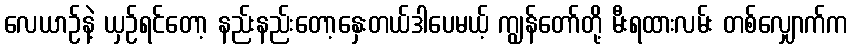
လေယာဉ်နဲ့ ယှဉ်ရင်တော့ နည်းနည်းတော့နှေးတယ်ဒါပေမယ့် ကျွန်တော်တို့ မီးရထားလမ်း တစ်လျှောက်က